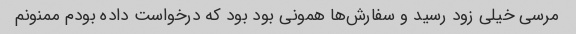
مرسی خیلی زود رسید و سفارش‌ها همونی بود بود که درخواست داده بودم ممنونم